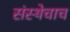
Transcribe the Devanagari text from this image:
संस्थेचाच